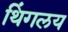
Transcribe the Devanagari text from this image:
थिंगलय